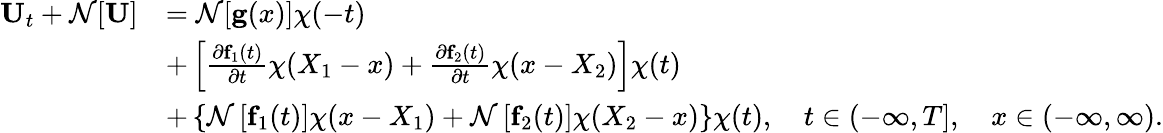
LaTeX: \begin{array}{rl}{{\mathbf U}_{t}+\mathcal{N}[{\mathbf U}]}&{=\mathcal{N}[{\mathbf g}({x})]\chi(-t)}\\ &{+\left[\frac{\partial{\mathbf f_{1}}(t)}{\partial t}\chi(X_{1}-x)+\frac{\partial{\mathbf f_{2}}(t)}{\partial t}\chi(x-X_{2})\right]\chi(t)}\\ &{+\left\{ \mathcal{N}\left[{\mathbf f_{1}}(t)\right]\chi(x-X_{1})+\mathcal{N}\left[{\mathbf f_{2}}(t)\right]\chi(X_{2}-x)\right\} \chi(t),\quad t\in(-\infty,T],\quad x\in(-\infty,\infty).}\end{array}